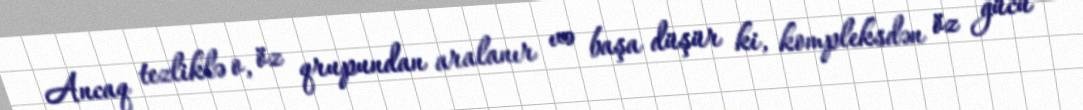
Ancaq tezliklə o, öz qrupundan aralanır və başa düşür ki, kompleksdən öz gücü